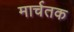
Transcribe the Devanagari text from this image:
मार्चतक